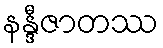
နန္ဒီဇာတဿ